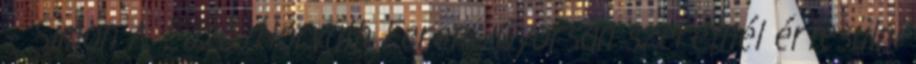
– Simon A. Edző: Horváth Ferenc Gyorsan szeretnél értesülni